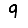
Digit: 9